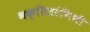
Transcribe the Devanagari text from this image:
भक्तितरंगिणी